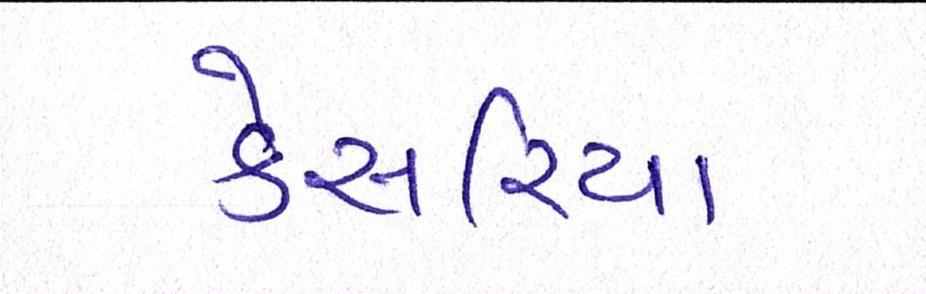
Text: કેસરિયા